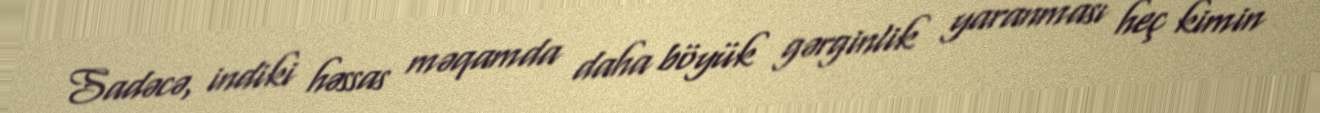
Sadəcə, indiki həssas məqamda daha böyük gərginlik yaranması heç kimin